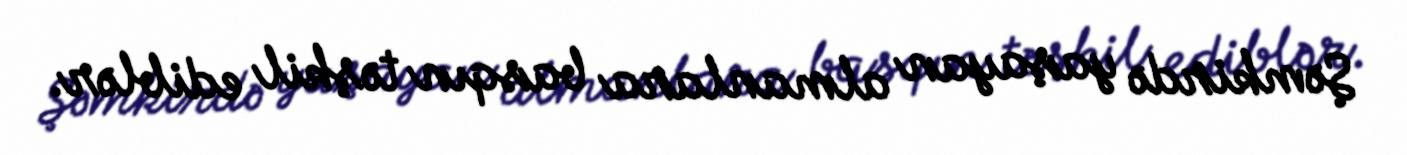
Şəmkirdə yaşayan almanlara basqın təşkil ediblər.